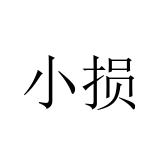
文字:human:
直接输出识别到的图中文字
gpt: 小损